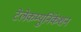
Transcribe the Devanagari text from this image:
टेलेकम्युनिकेशन